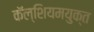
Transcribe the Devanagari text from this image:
कॅल्शियमयुक्त